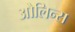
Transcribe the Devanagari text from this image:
ओलिन्स